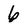
Character: 6